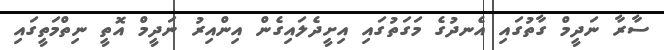
ސާރާ ނަދީމް ގާތުގައި އެނދުގެ މަގަތުގައި އިށީދެލައިގެން އިންއިރު ނަދީމް އޮތީ ނިތްމަތީގައި